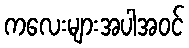
ကလေးများအပါအဝင်